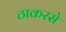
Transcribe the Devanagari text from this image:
ठाकरसे